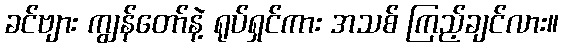
ခင်ဗျား ကျွန်တော်နဲ့ ရုပ်ရှင်ကား အသစ် ကြည့်ချင်လား။